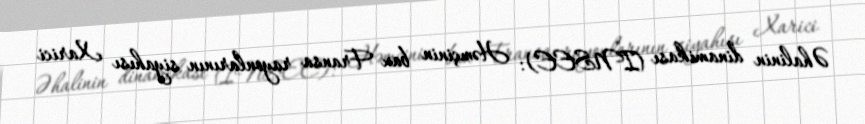
Əhalinin dinamikası (INSEE): Həmçinin bax Fransa rayonlarının siyahısı Xarici